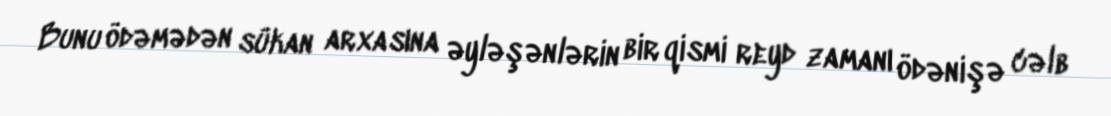
Bunu ödəmədən sükan arxasına əyləşənlərin bir qismi reyd zamanı ödənişə cəlb